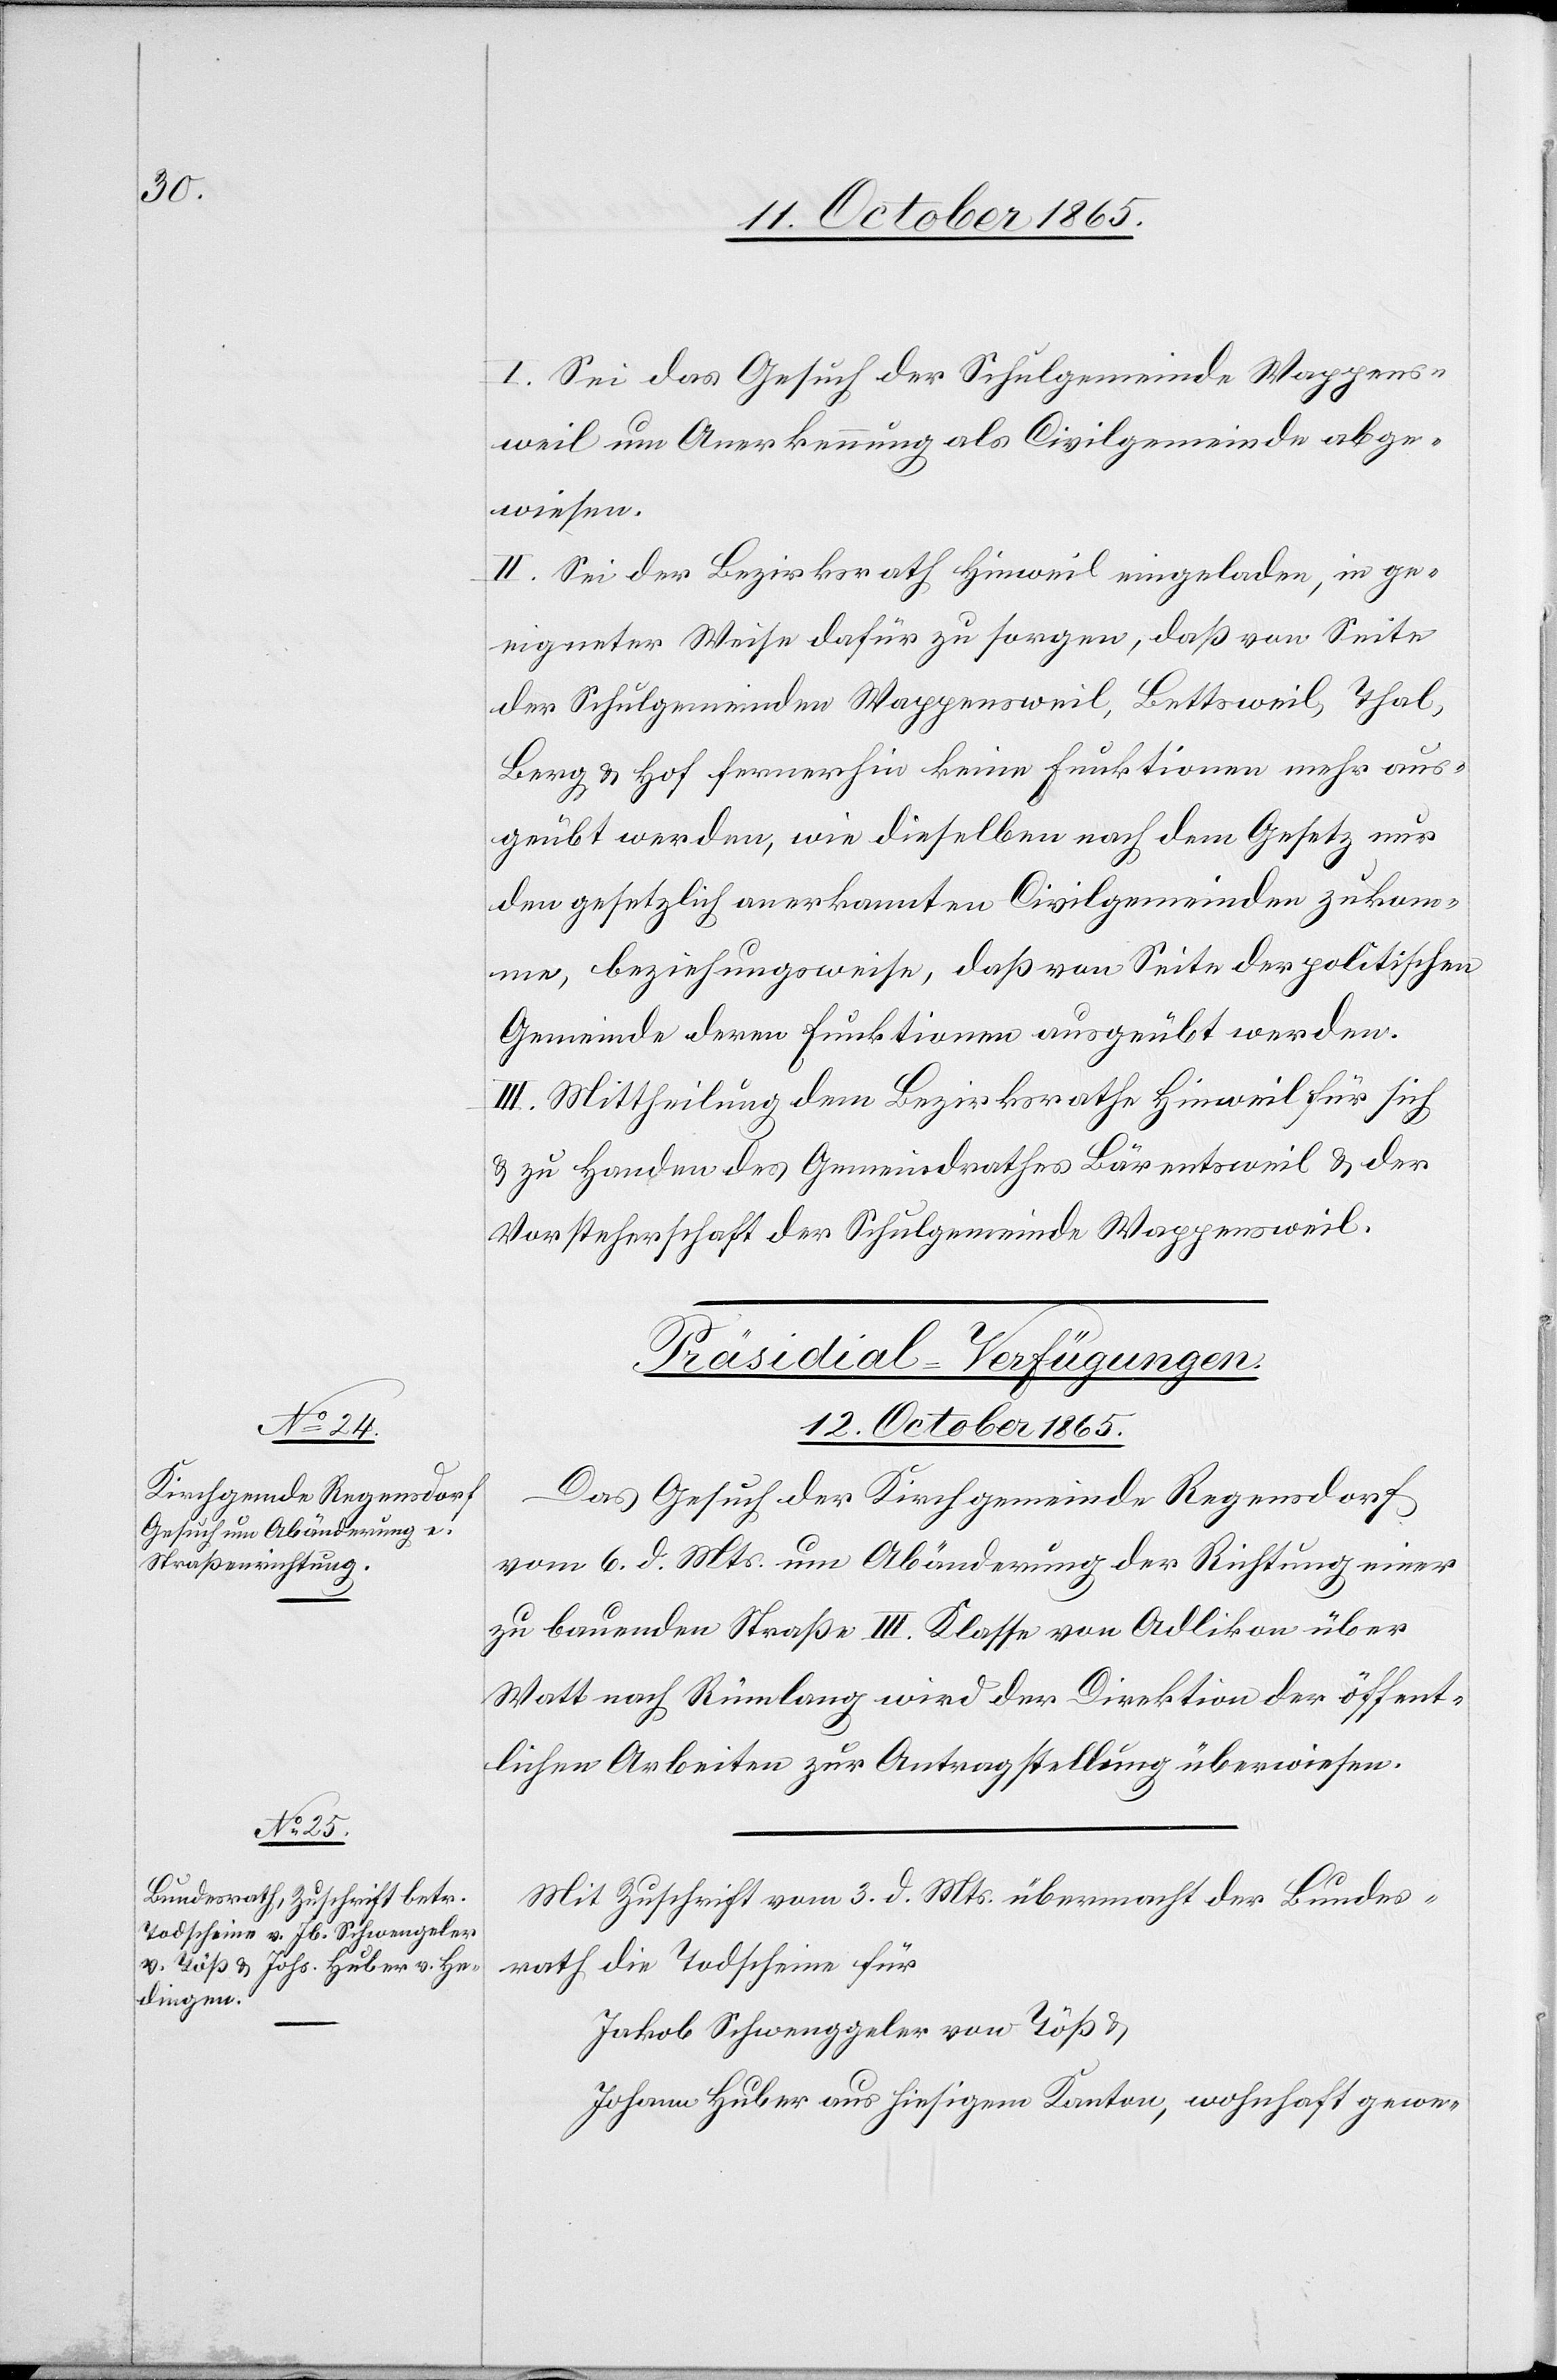
I. Sei das Gesuch der Schulgemeinde Wappens¬
weil um Anerkennung als Civilgemeinde abge¬
wiesen.
II. Sei der Bezirksrath Hinweil eingeladen, in ge¬
eigneter Weise dafür zu sorgen, daß von Seite
der Schulgemeinden Wappensweil, Bettsweil, Thal,
Berg & Hof fernerhin keine Funktionen mehr aus¬
geübt werden, wie dieselben nach dem Gesetz nur
den gesetzlich anerkannten Civilgemeinden zukom¬
me, beziehungsweise, daß von Seite der politischen
Gemeinde deren Funktionen ausgeübt werden.
III. Mittheilung dem Bezirksrathe Hinweil für sich
& zu Handen des Gemeindrathes Bärentsweil & der
Vorsteherschaft der Schulgemeinde Wappensweil.
[Präsidial-Verfügungen.
12. October 1865.]
Das Gesuch der Kirchgemeinde Regensdorf
vom 6. d. Mts. um Abänderung der Richtung einer
zu bauenden Straße III. Klasse von Adlikon über
Watt nach Rümlang wird der Direktion der öffent¬
lichen Arbeiten zur Antragstellung überwiesen.
Mit Zuschrift vom 3. d. Mts. übermacht der Bundes¬
rath die Todscheine für
Johann Huber aus hiesigem Kanton, wohnhaft gewe-